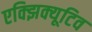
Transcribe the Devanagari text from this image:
एक्झिक्यूटिव